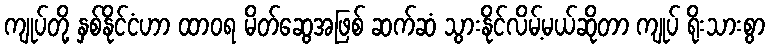
ကျုပ်တို့ နှစ်နိုင်ငံဟာ ထာဝရ မိတ်ဆွေအဖြစ် ဆက်ဆံ သွားနိုင်လိမ့်မယ်ဆိုတာ ကျုပ် ရိုးသားစွာ